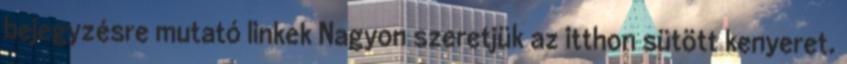
bejegyzésre mutató linkek Nagyon szeretjük az itthon sütött kenyeret.